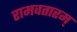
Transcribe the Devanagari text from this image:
रामवतारम्‌